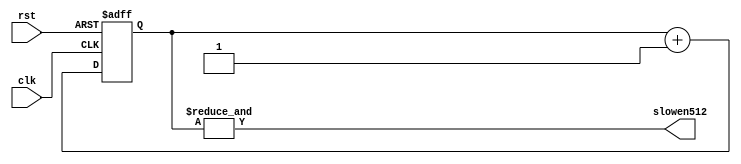
`timescale 1ns / 1ps
//////////////////////////////////////////////////////////////////////////////////
// Company: 
// Engineer: 
// 
// Design Name: 
// Module Name:    div512 
// Project Name: 
// Target Devices: 
// Tool versions: 
// Description: 
//
// Dependencies: 
//
// Revision: 
// Revision 0.01 - File Created
// Additional Comments: 
//
//////////////////////////////////////////////////////////////////////////////////
module div512(clk,rst, slowen512);

	input clk,rst;
	output slowen512;

	reg[8:0] slowen_count;

	always @(posedge clk or posedge rst) 
	begin
		if (rst) slowen_count<=9'b000000000;
		else slowen_count<=slowen_count+1;
	end

	assign slowen512=&slowen_count;
	
endmodule